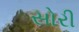
સોરી